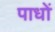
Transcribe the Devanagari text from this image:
पाधों